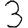
Digit: 3